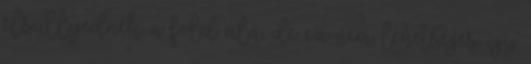
elsüllyednék a föld alá, de ez nem lehetséges, így